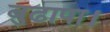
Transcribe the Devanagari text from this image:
बुढापा।